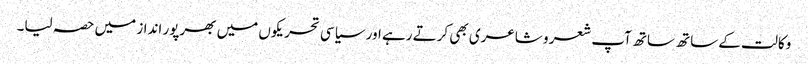
وکالت کے ساتھ ساتھ آپ شعر و شاعری بھی کرتے رہے اور سیاسی تحریکوں میں بھرپور انداز میں حصہ لیا۔